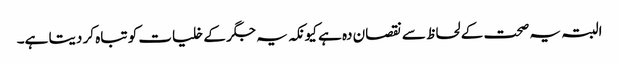
البتہ یہ صحت کے لحاظ سے نقصان دہ ہے کیونکہ یہ جگر کے خلیات کو تباہ کر دیتا ہے۔